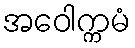
အဝေါက္ကမံ